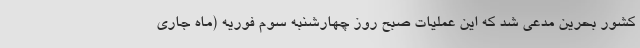
کشور بحرین مدعی شد که این عملیات صبح روز چهارشنبه سوم فوریه (ماه جاری